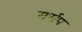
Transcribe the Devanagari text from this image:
सर्सप